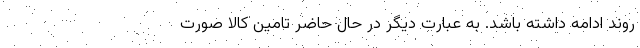
روند ادامه داشته باشد. به عبارت دیگر در حال حاضر تامین کالا صورت